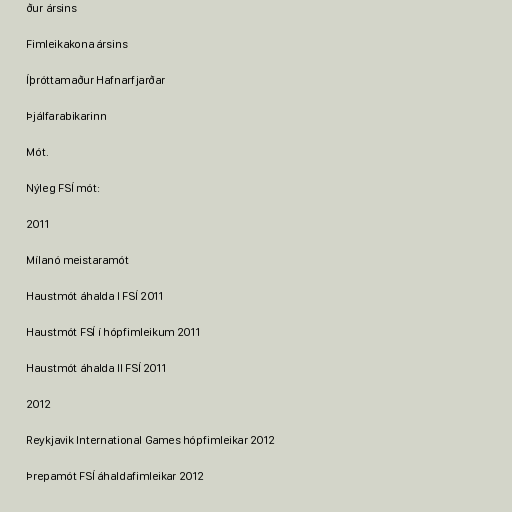
ður ársins

Fimleikakona ársins

Íþróttamaður Hafnarfjarðar

Þjálfarabikarinn

Mót.

Nýleg FSÍ mót:

2011

Mílanó meistaramót

Haustmót áhalda I FSÍ 2011

Haustmót FSÍ í hópfimleikum 2011

Haustmót áhalda II FSÍ 2011

2012

Reykjavik International Games hópfimleikar 2012

Þrepamót FSÍ áhaldafimleikar 2012